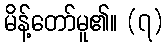
မိန့်တော်မူ၏။ (၇)